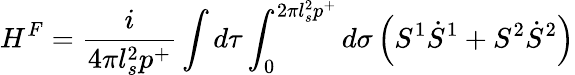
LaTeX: H^{F}=\frac{i}{4\pi l_{s}^{2}p^{+}}\int d\tau\int_{0}^{2\pi l_{s}^{2}p^{+}}d\sigma\left(S^{1}\dot{S}^{1}+S^{2}\dot{S}^{2}\right)